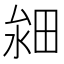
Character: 𤱸